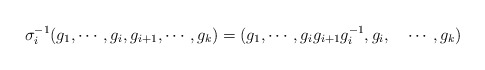
\begin{align*} \sigma_i^{-1} (g_1,\cdots, g_i, g_{i+1}, \cdots,g_k)=(g_1,\cdots, g_{i}g_{i + 1}g_{i}^{-1}, g_{i}, \quad\cdots,g_k)\end{align*}